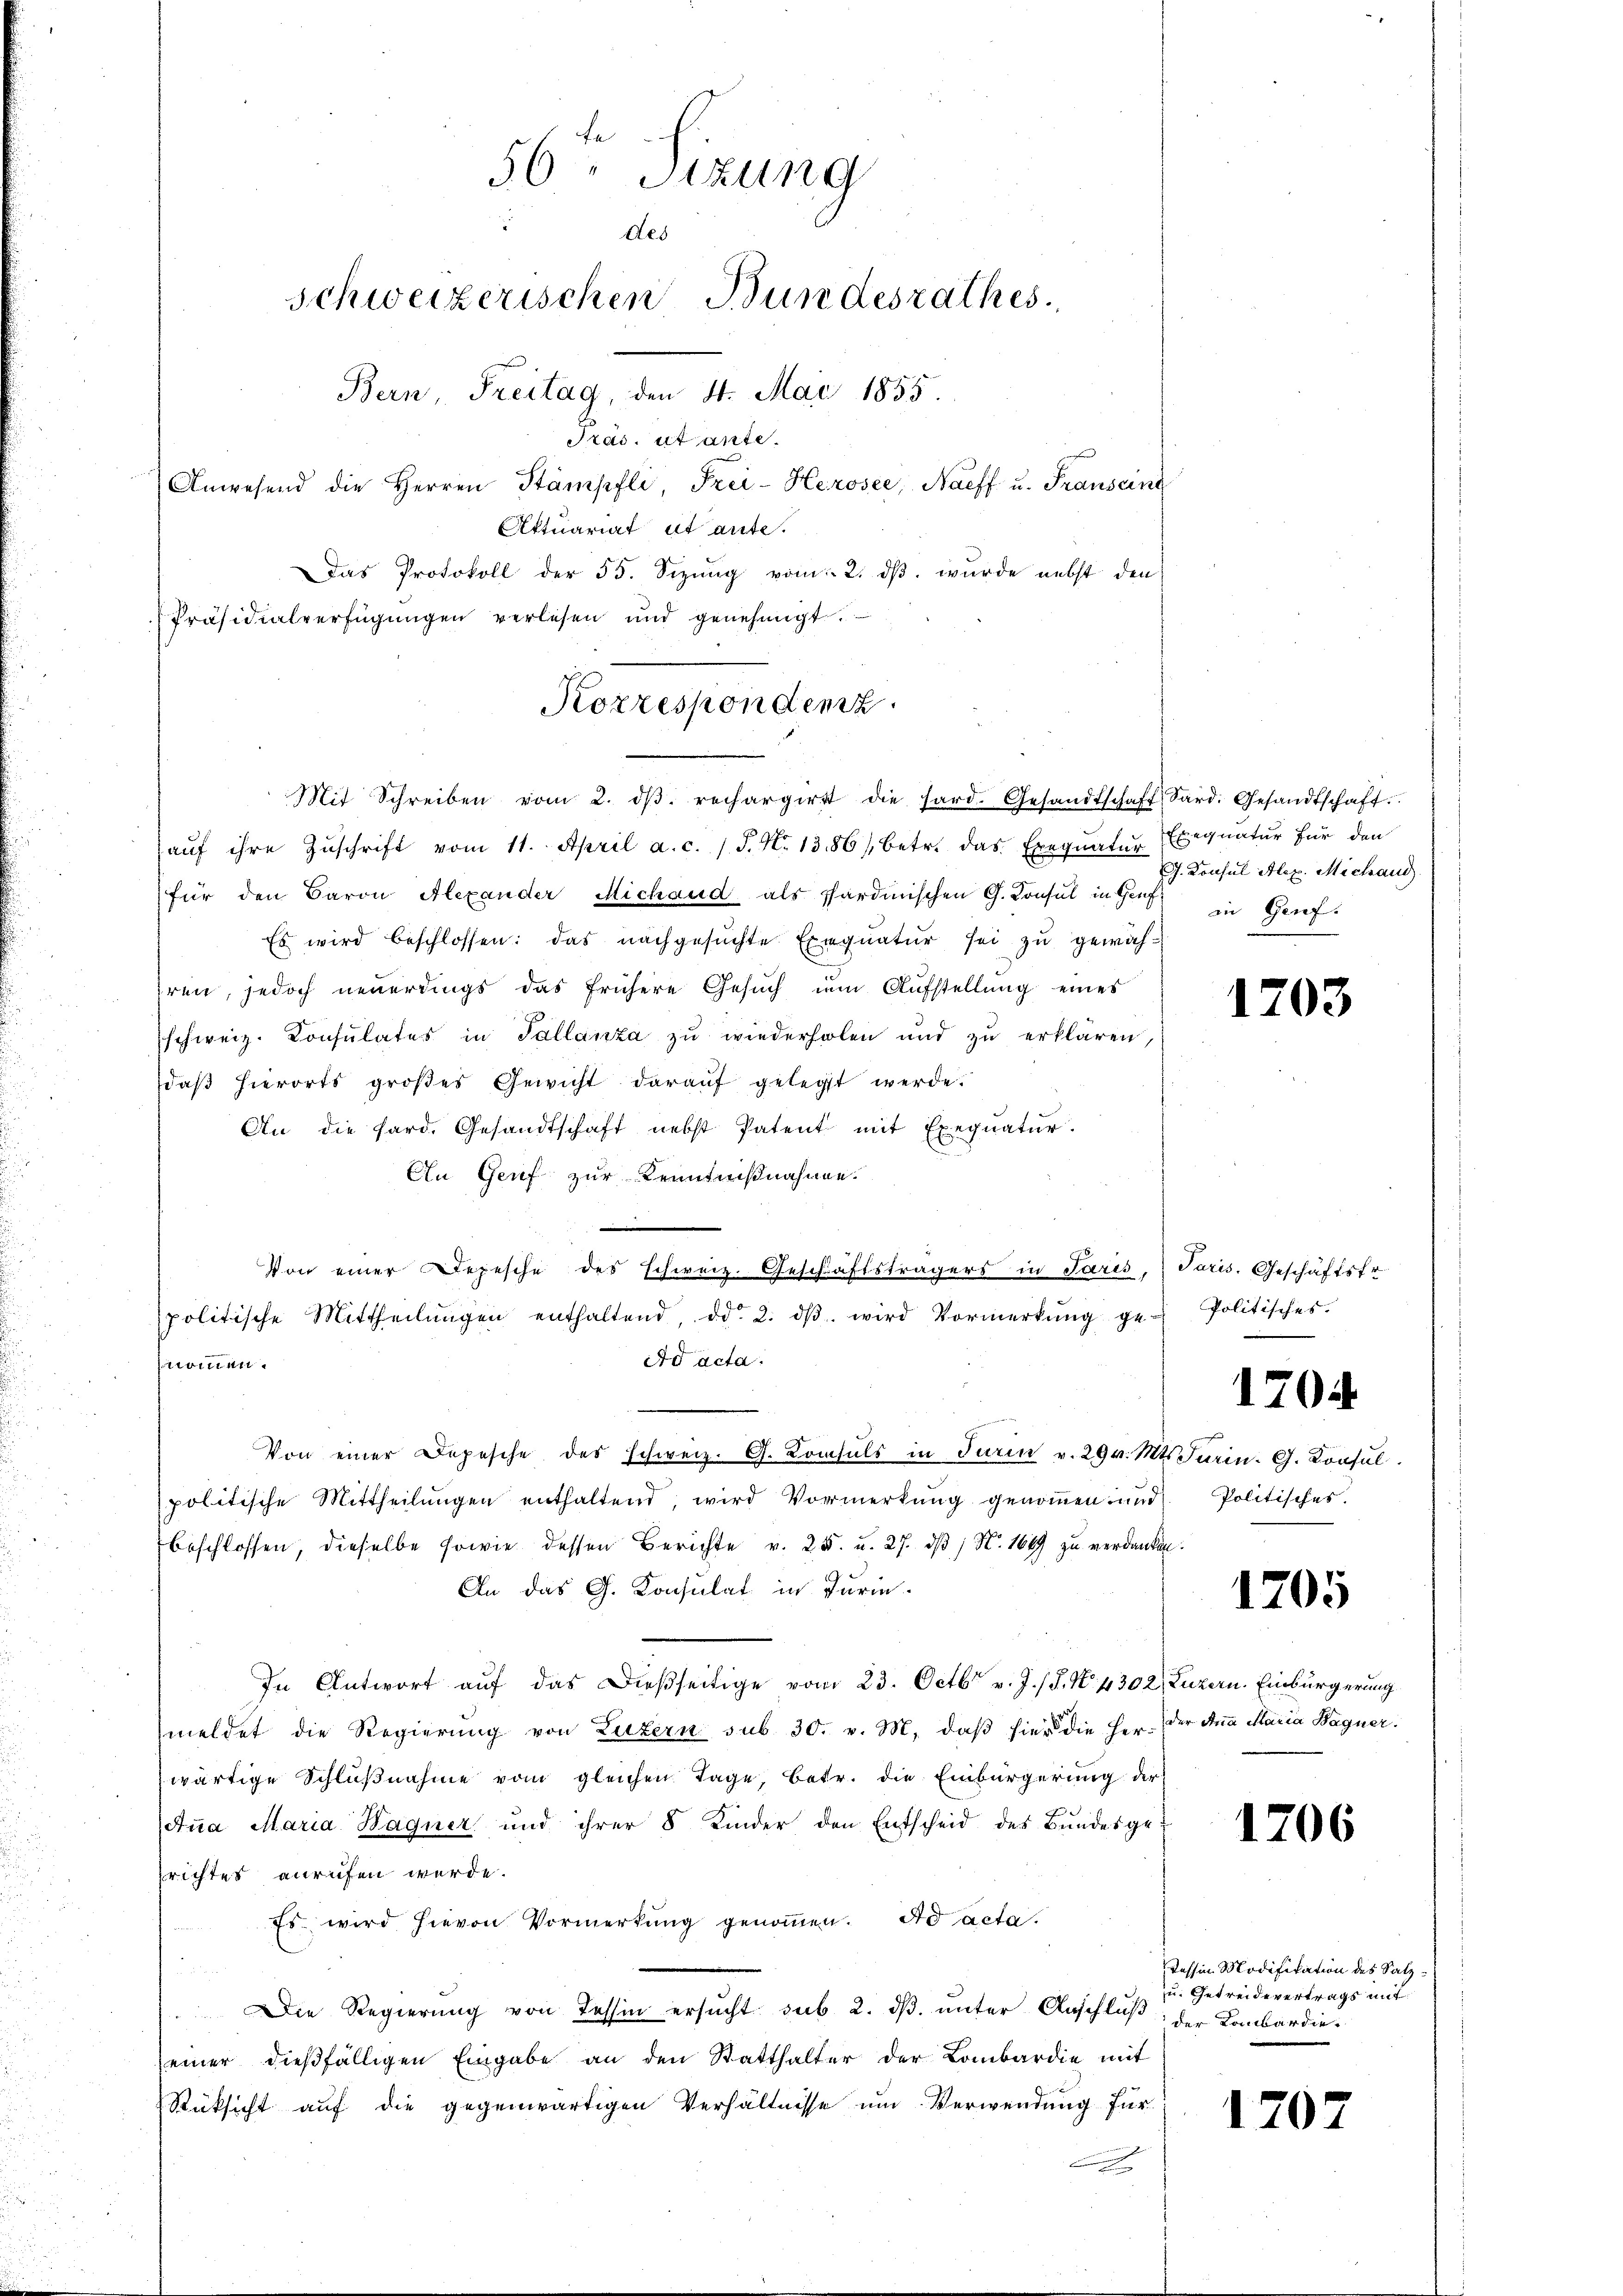
56 " Sizung
des
Schweizerischen Bundesrathes.
Bern, Freitag, den 4. Mai 1855.

Korrespondenz.
Mit Schreiben vom 2. dβ. rechargirtt die hard. Gesandtschaft Sard. Gesandtschaft.

Pras. ut ante.
Anwesend die Herren Stämpfli, Frei-Herosee, Naeff u. Franseine
Attuariat et ante.
Das Protokoll der 55. Sizung vom 2. dβ. wurde nebst den
Präsidialverfügungen verlesen und genehmigt.

aŭf ihre Zŭschrift vom 11. April a. c. 1 S. N. 1386/, betr. das Exequatur Exequatur für den
für den Baron Alexander Michand als Sardinischen G. Consul in Genf in Genf
Es wird beschlossen: das nachgesuchte Exequatur sei zu gewäh-
hren, jedoch neuerdings das frühere Gesuch im Aufstellung eines
schweiz. Consulates in Tallanta zu wiederholen und zu erklären,
daβ hierorts großes Gewicht darauf gelegt werde.
An die fard. Gesandtschaft nebst Patent mit Exeqŭatŭr.
An Genf zur Kenntnißnahme.
Von einer Depesche des schweiz. Geschäftsträgers in Paris, Paris. Geschäftsfr.
politische Mittheilŭngen enthaltend, ddo 2. dβ wird Vormerkŭng ge-Politisches.
Ad acta.
iroman
Von einer Depesche des schweiz. G. Konsuls in Turin v. 29 v. Mts. Turin. G. Konsul
politische Mittheilungen enthaltend, wird Vormerkung genommen und
beschlossen, dieselbe sowie dessen Berichte v. 25. u. 27. dβ / N. 1689 zu verdanken.
An das G. Konsulat in Jurie
In Antwort auf das dießseitige vom 23. Octbr. v. J. (T. N. 4302) Luzern. Einbürgerung
meldet die Regierŭng von Luzern sub. 30. v. M. daβ hier die her der Ana Maria Bagner.
wärtige Schlußnahme vom gleichen Tage, betr. die Einbürgerung der
dua Maria Hagner und ihrer 8 Kinder den Entscheid des Bŭndesgerichtes anrufen werde.
Es wird hievon Vormerkŭng genoṁen. ad acta.
2 xx
Die Regierung von Tessin ersucht sub. 2. dβ. unter Anschluß der Lombardieseiner dießfälligen Eingabe an den Statthalter der Lombardie mit
Rüksicht auf die gegenwärtigen Verhältnisse um Verwendung für

J. Konsul Alex. Michand

1203

1704

Politisches.

1205

1706

Tessin Modifikation des Salz¬
u. Getreidevertrags mit

1702